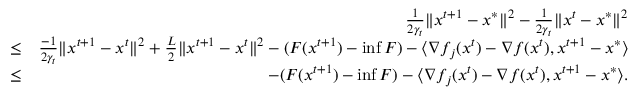
\begin{array} { r l r } & { } & { \frac { 1 } { 2 \gamma _ { t } } \Vert x ^ { t + 1 } - x ^ { * } \Vert ^ { 2 } - \frac { 1 } { 2 \gamma _ { t } } \Vert x ^ { t } - x ^ { * } \Vert ^ { 2 } } \\ & { \leq } & { \frac { - 1 } { 2 \gamma _ { t } } \Vert x ^ { t + 1 } - x ^ { t } \Vert ^ { 2 } + \frac { L } { 2 } \Vert x ^ { t + 1 } - x ^ { t } \Vert ^ { 2 } - ( F ( x ^ { t + 1 } ) - \operatorname* { i n f } F ) - \langle \nabla f _ { j } ( x ^ { t } ) - \nabla f ( x ^ { t } ) , x ^ { t + 1 } - x ^ { * } \rangle } \\ & { \leq } & { - ( F ( x ^ { t + 1 } ) - \operatorname* { i n f } F ) - \langle \nabla f _ { j } ( x ^ { t } ) - \nabla f ( x ^ { t } ) , x ^ { t + 1 } - x ^ { * } \rangle . } \end{array}